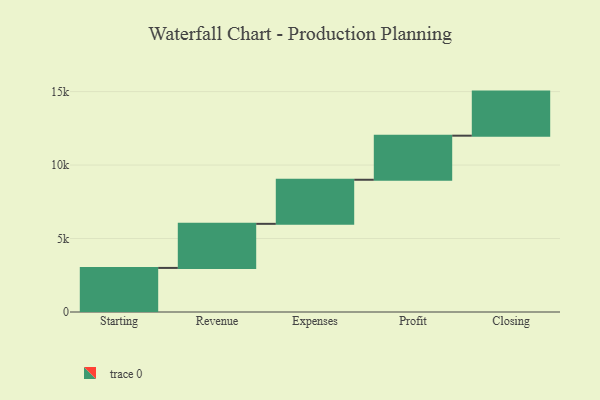
{"axis": {"x": "Step", "y": "Value"}, "legend": [""], "data": [{"x": "Starting", "y": 3000, "type": ""}, {"x": "Revenue", "y": 3000, "type": ""}, {"x": "Expenses", "y": 3000, "type": ""}, {"x": "Profit", "y": 3000, "type": ""}, {"x": "Closing", "y": 3000, "type": ""}]}